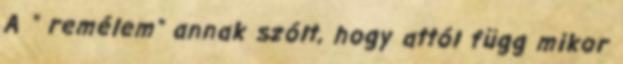
A " remélem" annak szólt, hogy attól függ mikor